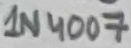
Text: 1N4007